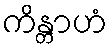
ကိန္တာဟံ